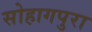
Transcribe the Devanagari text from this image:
सोहागपुरा